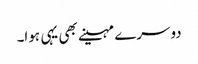
دوسرے مہینے بھی یہی ہوا۔